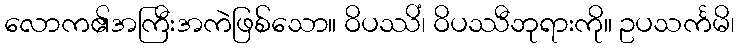
လောက၏အကြီးအကဲဖြစ်သော။ ဝိပဿိံ၊ ဝိပဿီဘုရားကို။ ဥပသင်္ကမိ၊